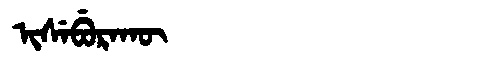
Manchu: ᡳᠰᡝᠪᡠᡵᠠᡴᡡ
Romanization: ISEBURAKŪ